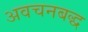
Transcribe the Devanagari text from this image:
अवचनबद्ध